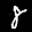
Label: 8